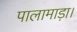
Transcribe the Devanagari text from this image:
पालामाड़ा।